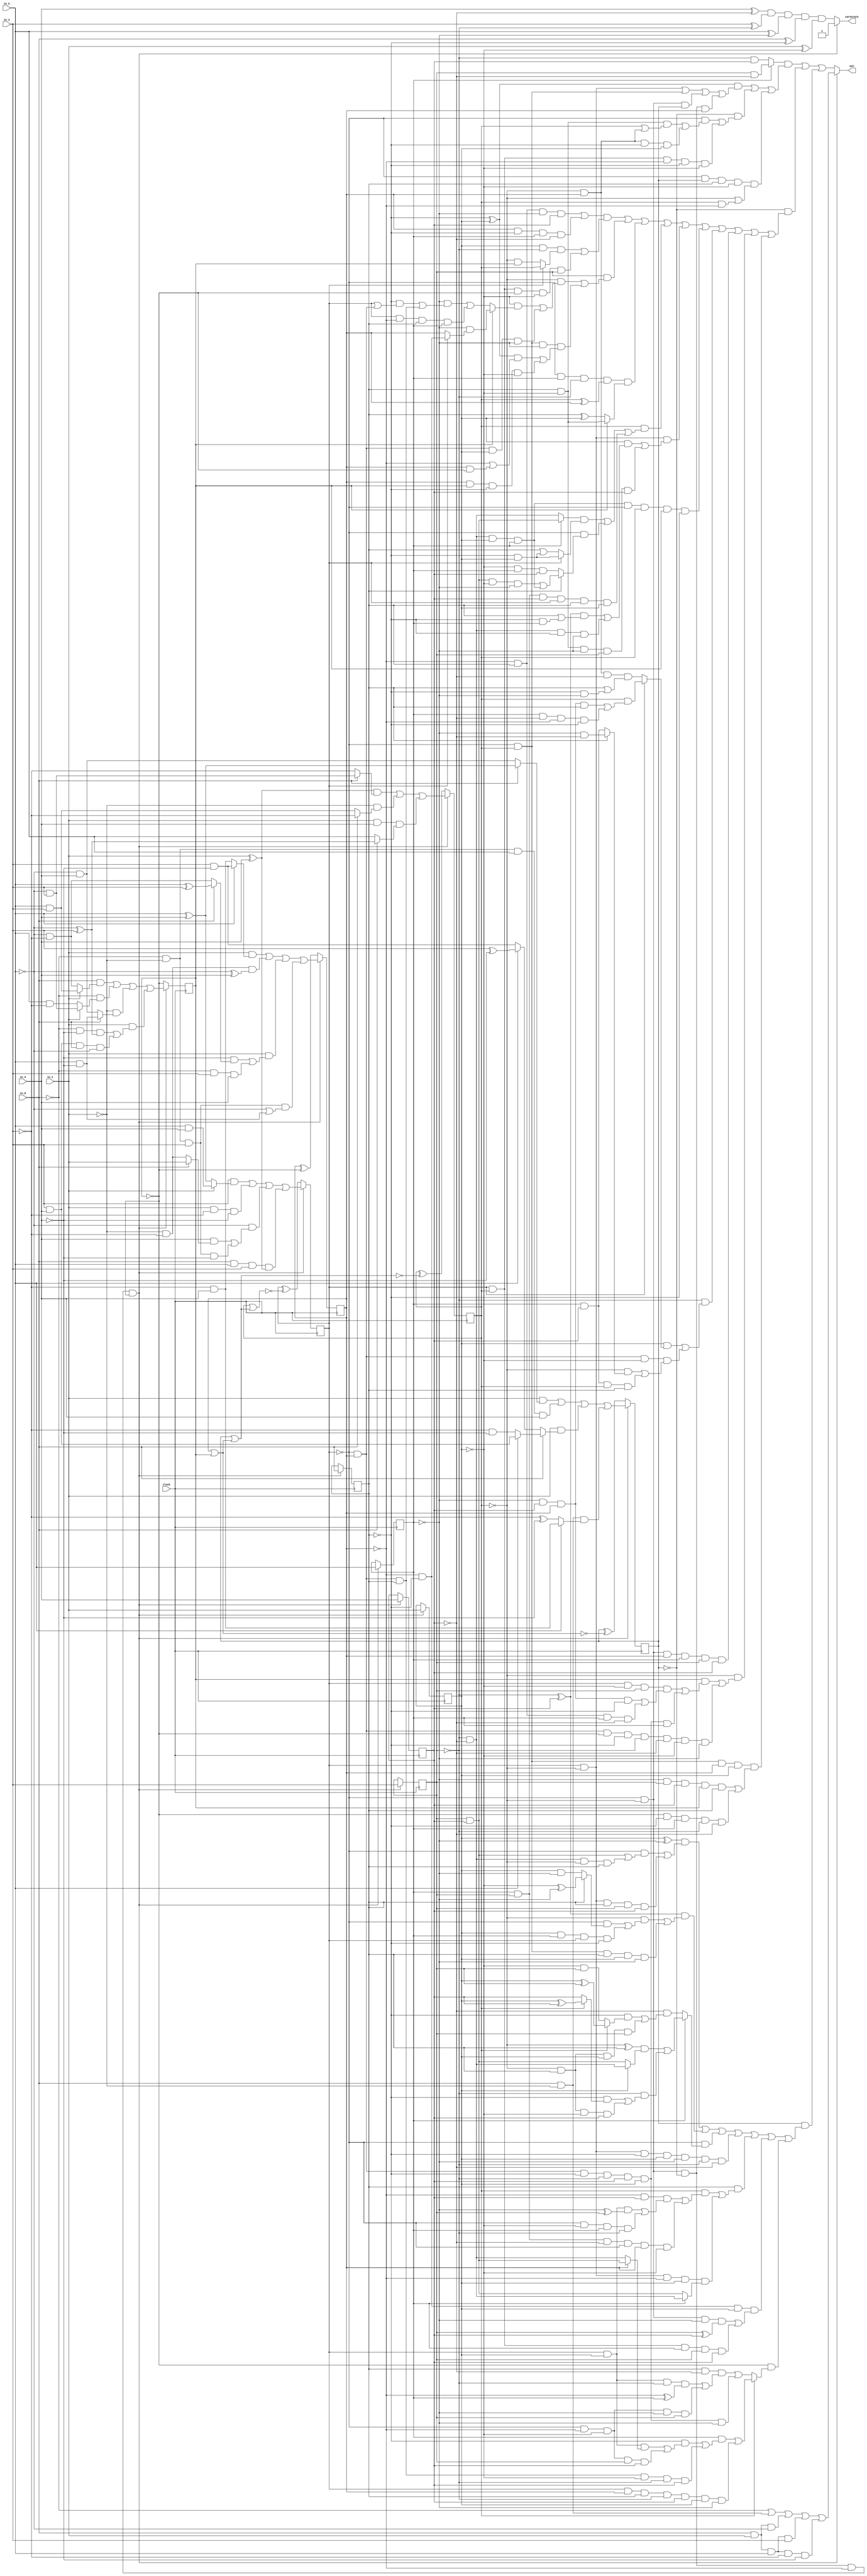
// Benchmark "Huffman_skew_5" written by ABC on Fri Nov 21 17:57:43 2014

module Huffman_skew_5 ( clock, 
    in_0 , in_1 , in_2 , in_3 , in_4 ,
    carestate, out  );
  input  clock;
  input  in_0 , in_1 , in_2 , in_3 , in_4 ;
  output carestate, out;
  reg reg_0 , reg_1 , reg_2 , reg_3 , reg_4 , counter_0 ,
    counter_1 , counter_2 , counter_3 , counter_4 ;
  wire n38, n44, n45, n46_1, n47, n48, n49, n50, n51_1, n52, n53, n54, n55,
    n56_1, n57, n58, n64, n65, n66, n67, n68, n69, n70, n72, n73, n16, n21,
    n26, n31, n36, n41, n46, n51, n56, n61;
  assign n38 = ~counter_0  & ~counter_1  & ~counter_2  & ~counter_3  & ~counter_4 ;
  assign n16 = n38 ? in_0  : reg_0 ;
  assign n21 = n38 ? in_1  : reg_1 ;
  assign n26 = n38 ? in_2  : reg_2 ;
  assign n31 = n38 ? in_3  : reg_3 ;
  assign n36 = n38 ? in_4  : reg_4 ;
  assign n44 = (in_3  & (in_1  ? (in_2  & in_4 ) : (in_2  ^ in_4 ))) | (in_1  & ~in_3  & ~in_4 ) | (~in_2  & ((in_4  & (in_0  ? in_1  : (~in_1  & ~in_3 ))) | (~in_0  & ~in_1  & in_3  & ~in_4 ))) | (in_0  & in_2  & in_3  & (in_1  ^ in_4 ));
  assign n45 = ((in_1  ^ in_4 ) & (in_0  ? (~in_2  & in_3 ) : ~in_3 )) | (~in_1  & (in_0  ? ~in_3  : (in_2  & in_3 ))) | (in_1  & in_4  & (in_0  ? (~in_2  ^ in_3 ) : in_2 ));
  assign n46_1 = (in_1  & (in_0  ? (in_2  ^ in_4 ) : (~in_2  & in_4 ))) | (~in_0  & ~in_1  & in_2  & in_4 ) | (in_1  & (in_0  ? (in_2  ? (in_3  & in_4 ) : (~in_3  & ~in_4 )) : (in_2  ? (in_3  ^ ~in_4 ) : (in_3  & ~in_4 )))) | (in_0  & ~in_1  & (in_2  ? (~in_3  & in_4 ) : (~in_3  ^ ~in_4 )));
  assign n47 = (in_1  & (in_2  ? (in_3  & ~in_4 ) : (~in_3  & in_4 ))) | (~in_1  & ~in_3  & (~in_2  ^ in_4 )) | (in_1  & ((~in_4  & (in_0  ? (in_2  ^ in_3 ) : (~in_2  & ~in_3 ))) | (~in_0  & in_3  & in_4 ))) | (~in_0  & ~in_1  & in_3  & (~in_2  | (in_2  & ~in_4 )));
  assign n48 = (in_0  & (in_1  ? (in_2  & in_3 ) : (~in_2  & ~in_3 ))) | (~in_0  & (in_1  ? (~in_2  & in_3 ) : (in_2  & ~in_3 ))) | (~in_1  & (in_0  ? (in_2  & ~in_4 ) : (~in_2  & in_4 ))) | (in_1  & ((~in_0  & ~in_4  & (~in_2  ^ in_3 )) | (in_3  & in_4  & in_0  & ~in_2 )));
  assign n49 = 1'b0;
  assign n50 = counter_4  | n49;
  assign n51_1 = counter_3  | n50;
  assign n52 = counter_2  | n51_1;
  assign n53 = counter_1  | n52;
  assign n54 = counter_0  ^ ~n53;
  assign n55 = counter_1  ^ ~n52;
  assign n56_1 = counter_2  ^ ~n51_1;
  assign n57 = counter_3  ^ ~n50;
  assign n58 = counter_4  ^ ~n49;
  assign n41 = n38 ? n44 : n54;
  assign n46 = n38 ? n45 : n55;
  assign n51 = n38 ? n46_1 : n56_1;
  assign n56 = n38 ? n47 : n57;
  assign n61 = n38 ? n48 : n58;
  assign n64 = in_0  ^ ~reg_0 ;
  assign n65 = in_1  ^ ~reg_1 ;
  assign n66 = in_2  ^ ~reg_2 ;
  assign n67 = in_3  ^ ~reg_3 ;
  assign n68 = in_4  ^ ~reg_4 ;
  assign n69 = n68 & n67 & n66 & n64 & n65;
  assign n70 = 1'b0;
  assign carestate = n38 ? ~n70 : n69;
  assign n72 = ~in_0  | (in_0  & ~in_1 ) | (in_0  & in_1  & ~in_2 ) | (in_0  & in_1  & in_2  & in_3 ) | (in_0  & in_1  & in_2  & ~in_3  & ~in_4 );
  assign n73 = ((reg_2  ? (reg_3  & ~reg_4 ) : (~reg_3  & reg_4 )) & (((~reg_0  ^ reg_1 ) & ((counter_0  & ~counter_1 ) | (~counter_0  & counter_1 ) | (~counter_0  & ~counter_1  & counter_2 ) | (~counter_0  & ~counter_1  & ~counter_2  & counter_3 ))) | (~counter_2  & ((~counter_0  & ((reg_0  & ~reg_1  & (counter_1  | (~counter_1  & counter_3 ))) | (~counter_1  & counter_3  & ~reg_0  & reg_1 ))) | (counter_0  & counter_1  & ~counter_3  & ~reg_0  & ~reg_1 ))) | (~counter_0  & counter_2  & reg_0  & ~reg_1  & (~counter_1  | (counter_1  & ~counter_3 ))))) | (~counter_2  & ((((~counter_3  & reg_0  & ~reg_2  & reg_4 ) | (counter_3  & ~reg_0  & reg_2  & ~reg_4 )) & ((reg_1  & ~reg_3  & (counter_0  ? counter_1  : (~counter_1  & counter_4 ))) | (counter_0  & counter_1  & ~counter_4  & ~reg_1  & reg_3 ))) | (reg_3  & ((~counter_1  & ((~reg_1  & (counter_4  ? (~reg_2  & (counter_0  ? (~counter_3  & ~reg_0 ) : counter_3 )) : ((~reg_2  & ((~reg_0  & (counter_0  | (~counter_0  & counter_3 ))) | (~counter_0  & counter_3  & reg_0 ))) | (counter_0  & ~counter_3  & reg_0  & reg_2 )))) | (~counter_0  & counter_3  & reg_1  & ~reg_2 ))) | (~counter_0  & counter_1  & ~reg_2  & (((~reg_0  ^ reg_1 ) & (~counter_3  | (counter_3  & ~counter_4 ))) | (counter_3  & counter_4  & ~reg_0  & ~reg_1 ))))) | (~counter_0  & reg_2  & ~reg_3  & (counter_1  ^ counter_3 ) & (counter_4  ? (reg_0  & ~reg_1 ) : (reg_0  ^ reg_1 ))) | (counter_1  & (((reg_2  ? (reg_3  & reg_4 ) : (~reg_3  & ~reg_4 )) & (counter_0  ? (~reg_0  & reg_1 ) : (reg_0  | (~reg_0  & reg_1 )))) | (~counter_0  & (reg_0  ? ((reg_3  & reg_4  & ~reg_1  & ~reg_2 ) | (~reg_3  & ~reg_4  & reg_1  & reg_2 )) : (~reg_1  & reg_2  & reg_4 ))) | (reg_2  & reg_3  & reg_4  & counter_0  & reg_0  & reg_1 ))) | (counter_0  & ~counter_1  & ((reg_1  & (((~reg_3  ^ reg_4 ) & (reg_0  | (~reg_0  & reg_2 ))) | (~reg_3  & ~reg_4  & ~reg_0  & ~reg_2 ))) | (reg_0  & ~reg_1  & ~reg_2  & reg_3  & reg_4 ))) | (~reg_3  & ~reg_4  & reg_1  & reg_2  & ~counter_0  & counter_1  & counter_4  & ~reg_0 ) | (~reg_3  & ((reg_1  & (counter_0  ? (counter_1  & ((~reg_2  & reg_4  & counter_3  & reg_0 ) | (reg_2  & ~reg_4  & ~counter_3  & ~reg_0 ))) : (~counter_1  & counter_3  & ~reg_4  & (reg_0  | (~reg_0  & ~reg_2 ))))) | (~counter_0  & counter_3  & ~reg_1  & ((~counter_1  & (reg_0  ? (~reg_2  & ~reg_4 ) : (reg_2  & reg_4 ))) | (reg_2  & reg_4  & counter_1  & reg_0 ))))) | (~counter_0  & ~counter_1  & counter_3  & reg_2  & reg_3  & reg_4 ) | (~counter_1  & ((counter_4  & ((counter_0  & ~reg_1  & reg_3  & ((~reg_2  & reg_4  & counter_3  & ~reg_0 ) | (~counter_3  & reg_0  & reg_2  & ~reg_4 ))) | (~counter_0  & counter_3  & ~reg_0  & ~reg_3  & reg_4  & reg_1  & reg_2 ))) | (~counter_0  & counter_3  & ~counter_4  & ~reg_0  & ~reg_3  & ~reg_4  & ~reg_1  & ~reg_2 ))) | (~counter_0  & counter_1  & counter_3  & reg_1  & ((~reg_2  & reg_3  & reg_4  & counter_4  & reg_0 ) | (~counter_4  & ~reg_0  & reg_2  & ~reg_3  & ~reg_4 ))))) | (counter_2  & (((reg_1  ^ ~reg_2 ) & ((~counter_0  & ((reg_3  & reg_4 ) | (~reg_3  & ~reg_4  & ~counter_1  & reg_0 ))) | (counter_0  & ~counter_1  & reg_0  & reg_3  & reg_4 ))) | ((~reg_3  ^ reg_4 ) & ((~counter_1  & ((~counter_0  & (reg_0  ? (~reg_1  ^ ~reg_2 ) : (reg_1  & ~reg_2 ))) | (reg_1  & reg_2  & counter_0  & ~reg_0 ))) | (~counter_0  & counter_1  & reg_0  & reg_1  & ~reg_2 ))) | (~counter_0  & (reg_2  ? (((~counter_1  ^ reg_0 ) & (reg_1  ? (~reg_3  & ~reg_4 ) : (reg_3  & reg_4 ))) | (~reg_3  & ((~reg_0  & (counter_1  ? (reg_1  ^ reg_4 ) : reg_4 )) | (~counter_1  & reg_0  & ~reg_1  & reg_4 )))) : (~reg_4  & ((~reg_0  & (counter_1  ? (reg_1  ^ reg_3 ) : (~reg_1  & reg_3 ))) | (~counter_1  & reg_0  & reg_1  & reg_3 ))))) | (counter_0  & ~counter_1  & ~reg_0  & reg_1  & ~reg_2  & ~reg_3  & ~reg_4 ) | (reg_0  & ((counter_1  & ((~counter_3  & reg_4  & ((counter_0  & reg_1  & (~reg_2  ^ reg_3 )) | (~counter_0  & ~reg_1  & reg_2  & ~reg_3 ))) | (reg_2  & reg_3  & ~reg_4  & ~counter_0  & counter_3  & ~reg_1 ))) | (counter_0  & ~counter_1  & ~counter_3  & reg_1  & (reg_2  ? (~reg_3  & ~reg_4 ) : (reg_3  & reg_4 ))))) | (~counter_3  & ~reg_0  & reg_1  & ((~counter_0  & ~counter_1  & ~reg_2  & (reg_3  ^ reg_4 )) | (counter_0  & counter_1  & reg_2  & reg_3  & reg_4 ))) | (~counter_4  & (counter_1  ? ((reg_2  & ((~reg_0  & ((counter_0  & reg_1  & (counter_3  ? (reg_3  & reg_4 ) : (~reg_3  & ~reg_4 ))) | (~counter_0  & ~counter_3  & ~reg_1  & reg_3  & reg_4 ))) | (~counter_0  & counter_3  & reg_0  & ~reg_1  & ~reg_3  & reg_4 ))) | (counter_0  & counter_3  & reg_0  & ~reg_3  & reg_4  & reg_1  & ~reg_2 )) : ((reg_0  & ~reg_4  & ((counter_0  & reg_1  & ~reg_3  & (~counter_3  ^ reg_2 )) | (~counter_0  & ~counter_3  & ~reg_1  & ~reg_2  & reg_3 ))) | (~counter_0  & counter_3  & ~reg_0  & ~reg_3  & reg_4  & reg_1  & ~reg_2 ))))));
  assign out = n38 ? n72 : n73;
  always @ (posedge clock) begin
    reg_0  <= n16;
    reg_1  <= n21;
    reg_2  <= n26;
    reg_3  <= n31;
    reg_4  <= n36;
    counter_0  <= n41;
    counter_1  <= n46;
    counter_2  <= n51;
    counter_3  <= n56;
    counter_4  <= n61;
  end
  initial begin
    reg_0  <= 1'b0;
    reg_1  <= 1'b0;
    reg_2  <= 1'b0;
    reg_3  <= 1'b0;
    reg_4  <= 1'b0;
    counter_0  <= 1'b0;
    counter_1  <= 1'b0;
    counter_2  <= 1'b0;
    counter_3  <= 1'b0;
    counter_4  <= 1'b0;
  end
endmodule